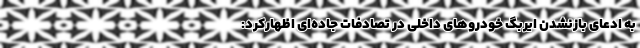
به ادعای بازنشدن ایربگ خودروهای داخلی در تصادفات جاده‌ای اظهارکرد: